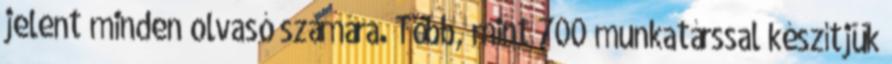
jelent minden olvasó számára. Több, mint 700 munkatárssal készítjük